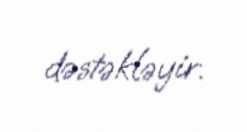
dəstəkləyir.